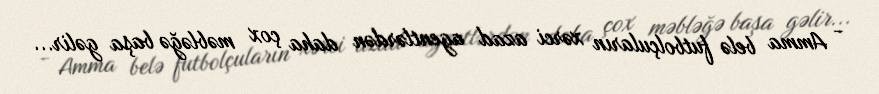
- Amma belə futbolçuların xərci azad agentlərdən daha çox məbləğə başa gəlir...